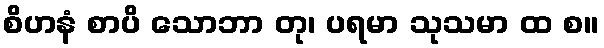
စိဟနံ စာပိ သောဘာ တု၊ ပရမာ သုသမာ ထ စ။